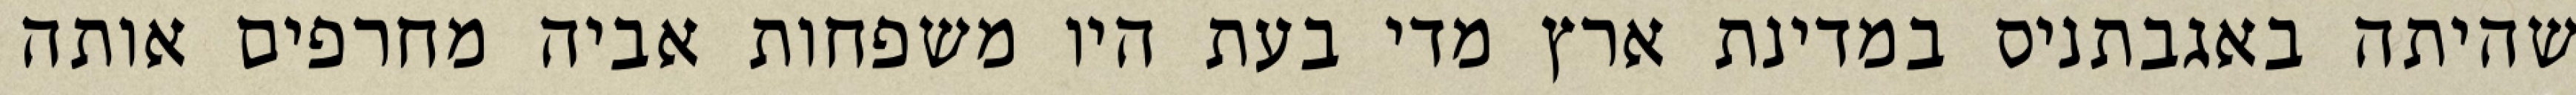
שהיתה באגבתניס במדינת ארץ מדי בעת היו משפחות אביה מחרפים אותה